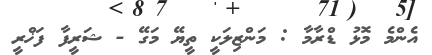
އެންމެ މޮޅު ޑްރާމާ : މަންޒިލަކީ ތީޔޭ މަގޭ - ޝަރީފާ ފަޚްރީ